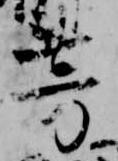
芳